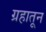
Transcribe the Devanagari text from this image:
ग्रहातून